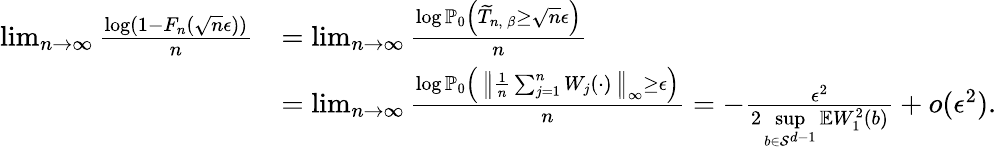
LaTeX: \begin{array}{rl}{\operatorname*{lim}_{n\to\infty}\frac{\log(1-F_{n}(\sqrt{n}\epsilon))}{n}}&{=\operatorname*{lim}_{n\to\infty}\frac{\log\mathbb{P}_{0}\left(\widetilde{T}_{n,\, \beta}\geq\sqrt{n}\epsilon\right)}{n}}\\ &{=\operatorname*{lim}_{n\to\infty}\frac{\log\mathbb{P}_{0}\left(\, \left\| \frac{1}{n}\sum_{j=1}^{n}W_{j}(\cdot)\, \right\| _{\infty}\geq\epsilon\right)}{n}=-\frac{\epsilon^{2}}{2\underset{b\in\mathcal{S}^{d-1}}{\operatorname*{sup}}\mathbb{E}W_{1}^{2}(b)}+o(\epsilon^{2}).}\end{array}